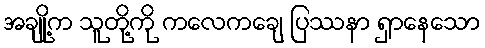
အချို့က သူတို့ကို ကလေကချေ ပြဿနာ ရှာနေသော